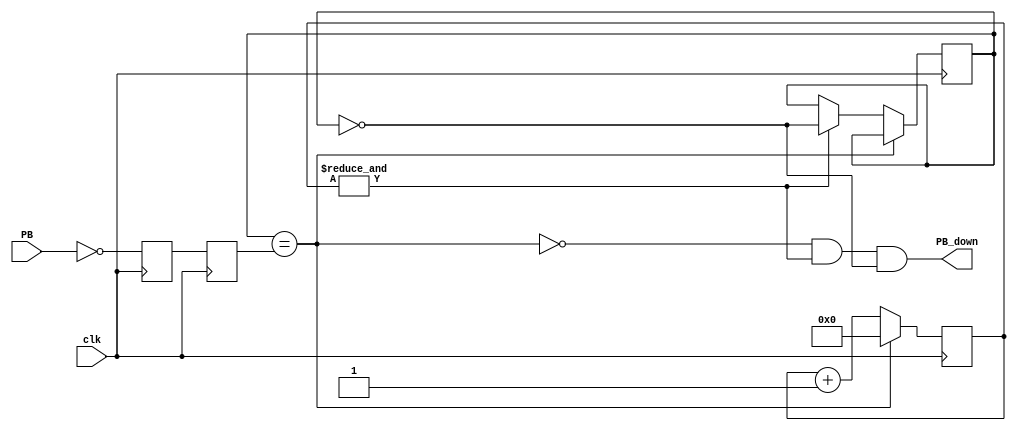
module debouncer(
    output PB_down,  // 1 for one clock cycle when the push-button goes down (i.e. just pushed)
	 input clk,
    input PB  
);
reg PB_state;
// First use two flip-flops to synchronize the PB signal the "clk" clock domain
reg PB_sync_0;  always @(posedge clk) PB_sync_0 <= ~PB;  // invert PB to make PB_sync_0 active high
reg PB_sync_1;  always @(posedge clk) PB_sync_1 <= PB_sync_0;

// Next declare a 16-bits counter
reg [18:0] PB_cnt;

// When the push-button is pushed or released, we increment the counter
// The counter has to be maxed out before we decide that the push-button state has changed

wire PB_idle = (PB_state==PB_sync_1);
wire PB_cnt_max = &PB_cnt;	// true when all bits of PB_cnt are 1's

always @(posedge clk)
if(PB_idle)
    PB_cnt <= 0;  // nothing's going on
else
begin
    PB_cnt <= PB_cnt + 19'd1;  // something's going on, increment the counter
    if(PB_cnt_max) PB_state <= ~PB_state;  // if the counter is maxed out, PB changed!
end

assign PB_down = ~PB_idle & PB_cnt_max & ~PB_state;

endmodule